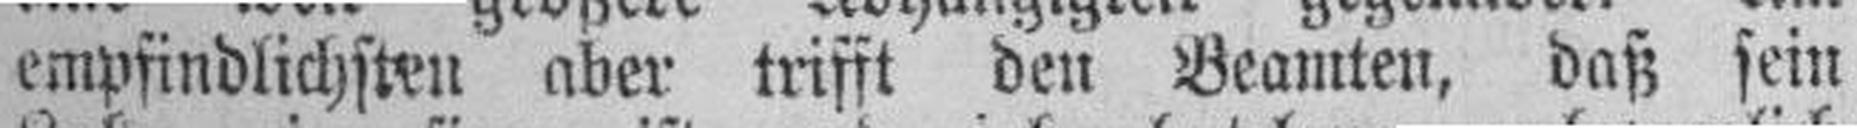
empfindlichsten aber trifft den Beamten, daß sein